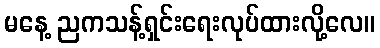
မနေ့ ညကသန့်ရှင်းရေးလုပ်ထားလို့လေ။